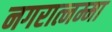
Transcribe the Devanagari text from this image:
नगरात्नम्मा